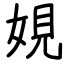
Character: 娊